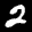
Label: 2